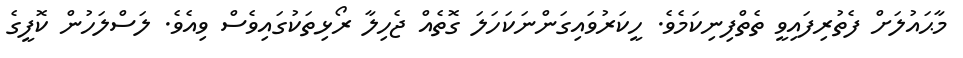
މާޙައުލަށް ފެތުރިފައިވީ ތެތްފިނިކަމެވެ. ހީކަރުވައިގަންނަކަހަލަ ގޮތެއް ޖެހިލާ ރޯޅިތަކުގައިވެސް ވިއެވެ. ލަސްލަހުން ކޮފީގެ